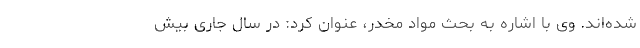
شده‌اند. وی با اشاره به بحث مواد مخدر، عنوان کرد: در سال جاری بیش